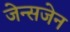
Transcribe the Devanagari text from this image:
जेन्सजेन